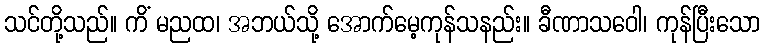
သင်တို့သည်။ ကိံ မညထ၊ အဘယ်သို့ အောက်မေ့ကုန်သနည်း။ ခီဏာသဝေါ၊ ကုန်ပြီးသော